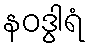
နဝဒွါရံ